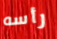
رأسه